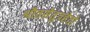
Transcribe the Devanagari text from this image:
श्रौतसेतुत्रहेतो